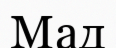
Мад